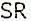
SR